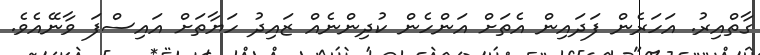
ގާތްއިރު. އަހަރެން ފަދައިން އެތަށް އަންހެން ކުދިންނެއް ޒައިދު ހަޔާތަށް އައިސްފަ ވާނޭއެވެ.